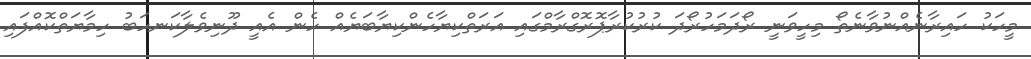
މީހަކު ހައިރާނެއްނުވާނެތޯ މިހީވަނީ ރޯދަމަހުރޯދަ ކުރުކުރާޕޮރޮގްރާމްގައި އަރަތްކިޔާހެންކިޔާބަޔެއް ހެން އެއީ ދޫނިވެލާކަނހަބު ހިމާޔަތްކޮއްފައި